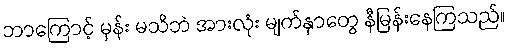
ဘာကြောင့် မှန်း မသိဘဲ အားလုံး မျက်နှာတွေ နီမြန်းနေကြသည်။